Civil Veterinary Department Bihar reports 1936-40 - 1936-1940
Year: 1936
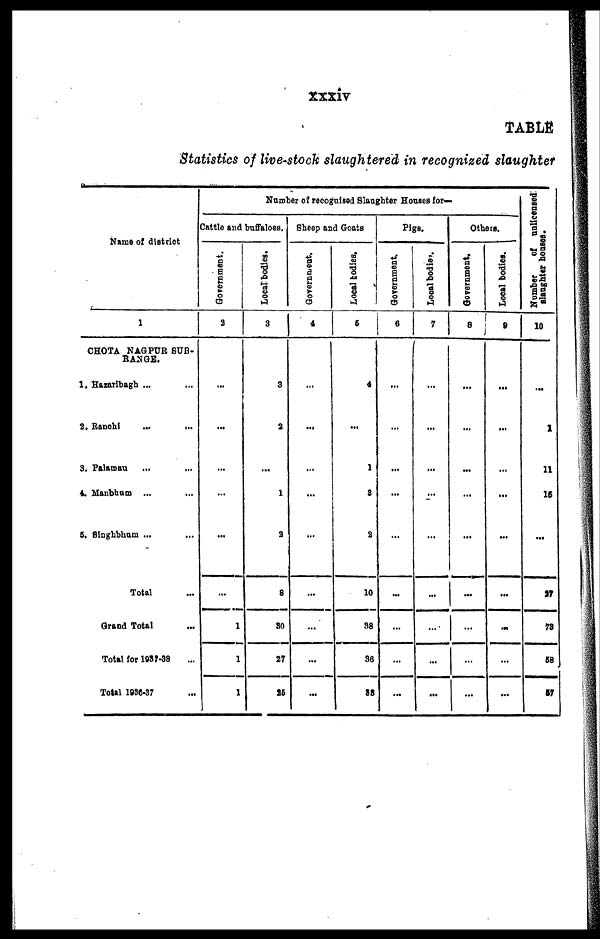
xxxiv
TABLE
Statistics of live-stock slaughtered in recognized slaughter
Name of district
1
CHOTA NAG PUR SUB-
RANGE.
1. Hazaribagh ... ...
2. Ranchi ... ...
3. Palamau ... ...
4. Manbbum ... ...
5. Singhbham ... ...
Total ...
Grand Total ...
Total for 1937-38 ...
Total 1938-37 ...
Number of recognised Slaughter Horses for—
Cattle and buffaloes.
Gorernment.
a
...
...
...
...
...
...
1
1
1
Local bodies.
3
3
3
...
1
2
6
30
27
15
Sheep and Goats
Government.
4
...
...
...
...
...
...
...
...
...
Local bodies.
6
4
...
1
3
2
10
38
36
88
Pigs.
Government.
6
...
...
...
...
...
...
...
...
...
Local bodies
7
...
...
...
...
...
...
...
...
...
Others.
Government.
8
...
...
...
...
...
...
...
...
...
Local bodies.
9
...
...
...
...
...
...
...
...
...
Number of unlicensed
laughter houses.
10
...
1
11
15
...
37
78
68
57